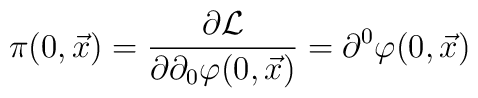
\pi(0,\vec x)= {\partial {\cal L} \over \partial \partial_0\varphi(0,\vec x)} =\partial^0 \varphi(0,{\vec x})